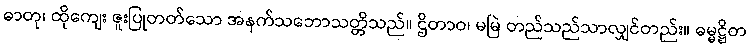
ဓာတု၊ ထိုကျေး ဇူးပြုတတ်သော အနက်သဘောသတ္တိသည်။ ဌိတာဝ၊ မမြဲ တည်သည်သာလျှင်တည်း။ ဓမ္မဋ္ဌိတ